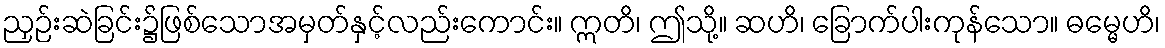
ညှဉ်းဆဲခြင်း၌ဖြစ်သောအမှတ်နှင့်လည်းကောင်း။ ဣတိ၊ ဤသို့။ ဆဟိ၊ ခြောက်ပါးကုန်သော။ ဓမ္မေဟိ၊